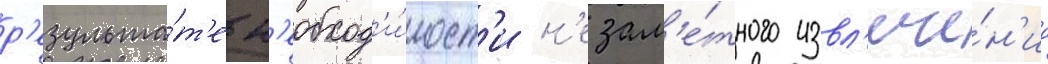
р'езульта́т'е н'еобход'и́мост'и н'езам'е́тного извл'ече́н'иа